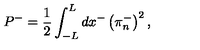
P ^ { - } = \frac { 1 } { 2 } \int _ { - L } ^ { L } d x ^ { - } \left( \pi _ { n } ^ { - } \right) ^ { 2 } ,